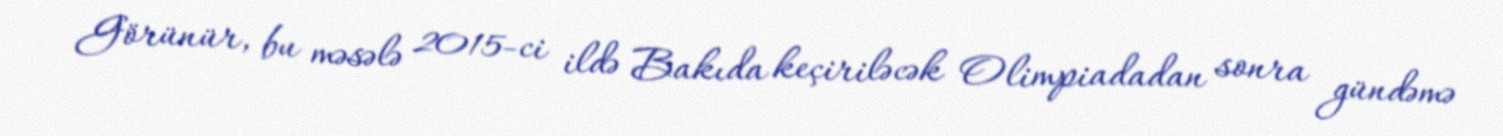
Görünür, bu məsələ 2015-ci ildə Bakıda keçiriləcək Olimpiadadan sonra gündəmə